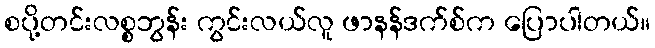
စပို့တင်းလစ္စဘွန်း ကွင်းလယ်လူ ဖာနန်ဒက်စ်က ပြောပါတယ်။